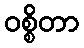
ဝစ္စိတာ